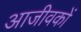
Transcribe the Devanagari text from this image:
आजीवकों